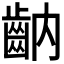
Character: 𪗝